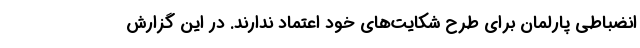
انضباطی پارلمان برای طرح شکایت‌های خود اعتماد ندارند. در این گزارش